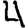
Digit: 4